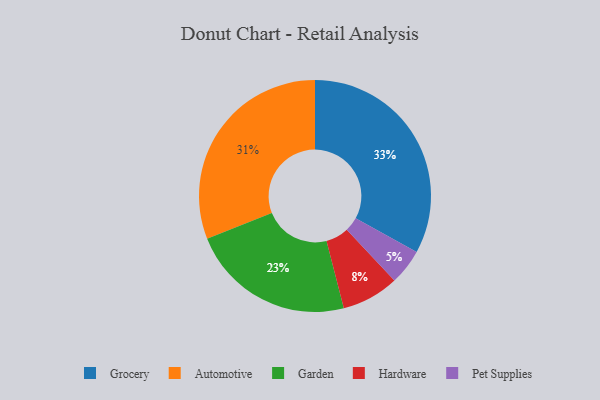
{"axis": {"x": "Category", "y": "Percentage"}, "legend": ["Automotive", "Garden", "Grocery", "Hardware", "Pet Supplies"], "data": [{"x": "Pet Supplies", "y": 5, "type": "Pet Supplies"}, {"x": "Garden", "y": 23, "type": "Garden"}, {"x": "Automotive", "y": 31, "type": "Automotive"}, {"x": "Hardware", "y": 8, "type": "Hardware"}, {"x": "Grocery", "y": 33, "type": "Grocery"}]}